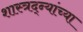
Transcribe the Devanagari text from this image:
शास्त्रद्न्यांच्या